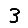
Digit: 3